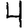
Digit: 4